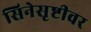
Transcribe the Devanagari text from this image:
सिनेसृष्टीवर